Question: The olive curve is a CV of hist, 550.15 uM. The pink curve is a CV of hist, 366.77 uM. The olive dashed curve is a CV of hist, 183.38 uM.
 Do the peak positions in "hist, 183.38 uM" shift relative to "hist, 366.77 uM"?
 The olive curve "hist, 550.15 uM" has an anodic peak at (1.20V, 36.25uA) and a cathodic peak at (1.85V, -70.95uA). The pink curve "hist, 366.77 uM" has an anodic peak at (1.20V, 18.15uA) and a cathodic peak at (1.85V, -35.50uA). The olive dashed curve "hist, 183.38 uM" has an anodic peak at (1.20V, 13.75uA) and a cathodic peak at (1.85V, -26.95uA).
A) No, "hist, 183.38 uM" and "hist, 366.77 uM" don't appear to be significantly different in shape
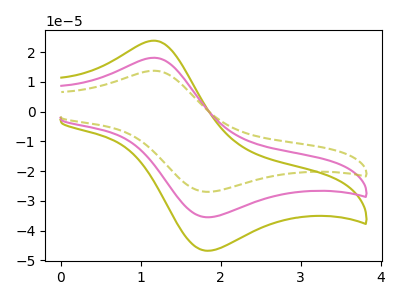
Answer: <think>All the peaks in "hist, 183.38 uM" have a peak in "hist, 366.77 uM" at the same potential. Every peak in "hist, 183.38 uM" is lower than every peak in "hist, 366.77 uM".
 </think>
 <answer>A) No, "hist, 183.38 uM" and "hist, 366.77 uM" don't appear to be significantly different in shape</answer>
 <eval>A</eval>